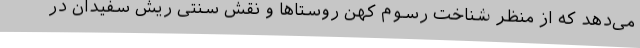
می‌دهد که از منظر شناخت رسوم کهن روستاها و نقش سنتی ریش سفیدان در